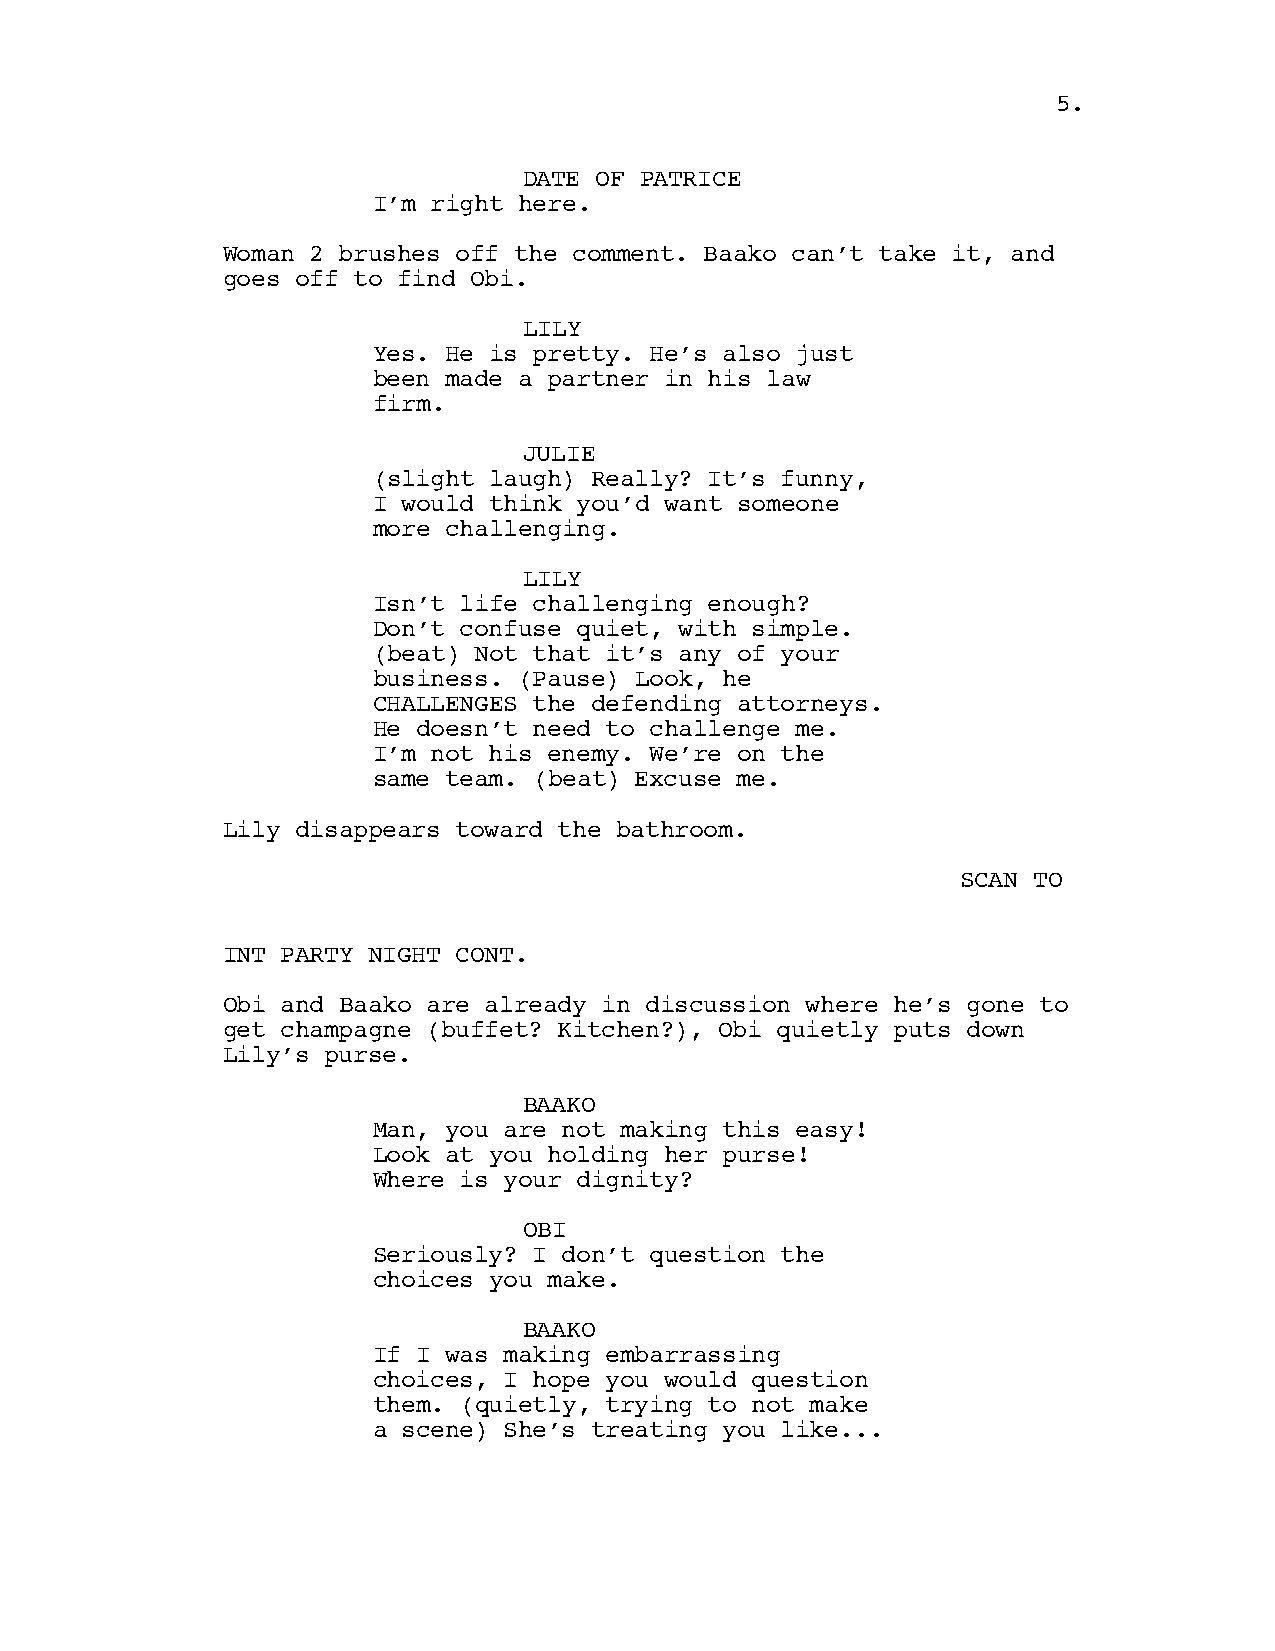
5.
 DATE OF PATRICE
 I’m right here.
 Woman 2 brushes off the comment. Baako can’t take it, and
 goes off to find Obi.
 LILY
 Yes. He is pretty. He’s also just
 been made a partner in his law
 firm.
 JULIE
 (slight laugh) Really? It’s funny,
 I would think you’d want someone
 more challenging.
 LILY
 Isn’t life challenging enough?
 Don’t confuse quiet, with simple.
 (beat) Not that it’s any of your
 business. (Pause) Look, he
 CHALLENGES the defending attorneys.
 He doesn’t need to challenge me.
 I’m not his enemy. We’re on the
 same team. (beat) Excuse me.
 Lily disappears toward the bathroom.
 SCAN TO
 INT PARTY NIGHT CONT.
 Obi and Baako are already in discussion where he’s gone to
 get champagne (buffet? Kitchen?), Obi quietly puts down
 Lily’s purse.
 BAAKO
 Man, you are not making this easy!
 Look at you holding her purse!
 Where is your dignity?
 OBI
 Seriously? I don’t question the
 choices you make.
 BAAKO
 If I was making embarrassing
 choices, I hope you would question
 them. (quietly, trying to not make
 a scene) She’s treating you like...